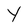
Character: Y